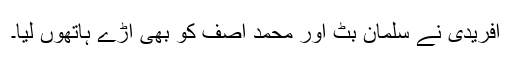
آفریدی نے سلمان بٹ اور محمد آصف کو بھی آڑے ہاتھوں لیا۔